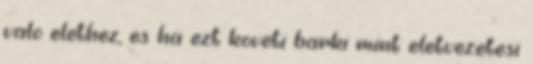
valo elethez, es ha ezt koveti barki mint eletvezetesi